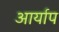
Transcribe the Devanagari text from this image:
आर्याप